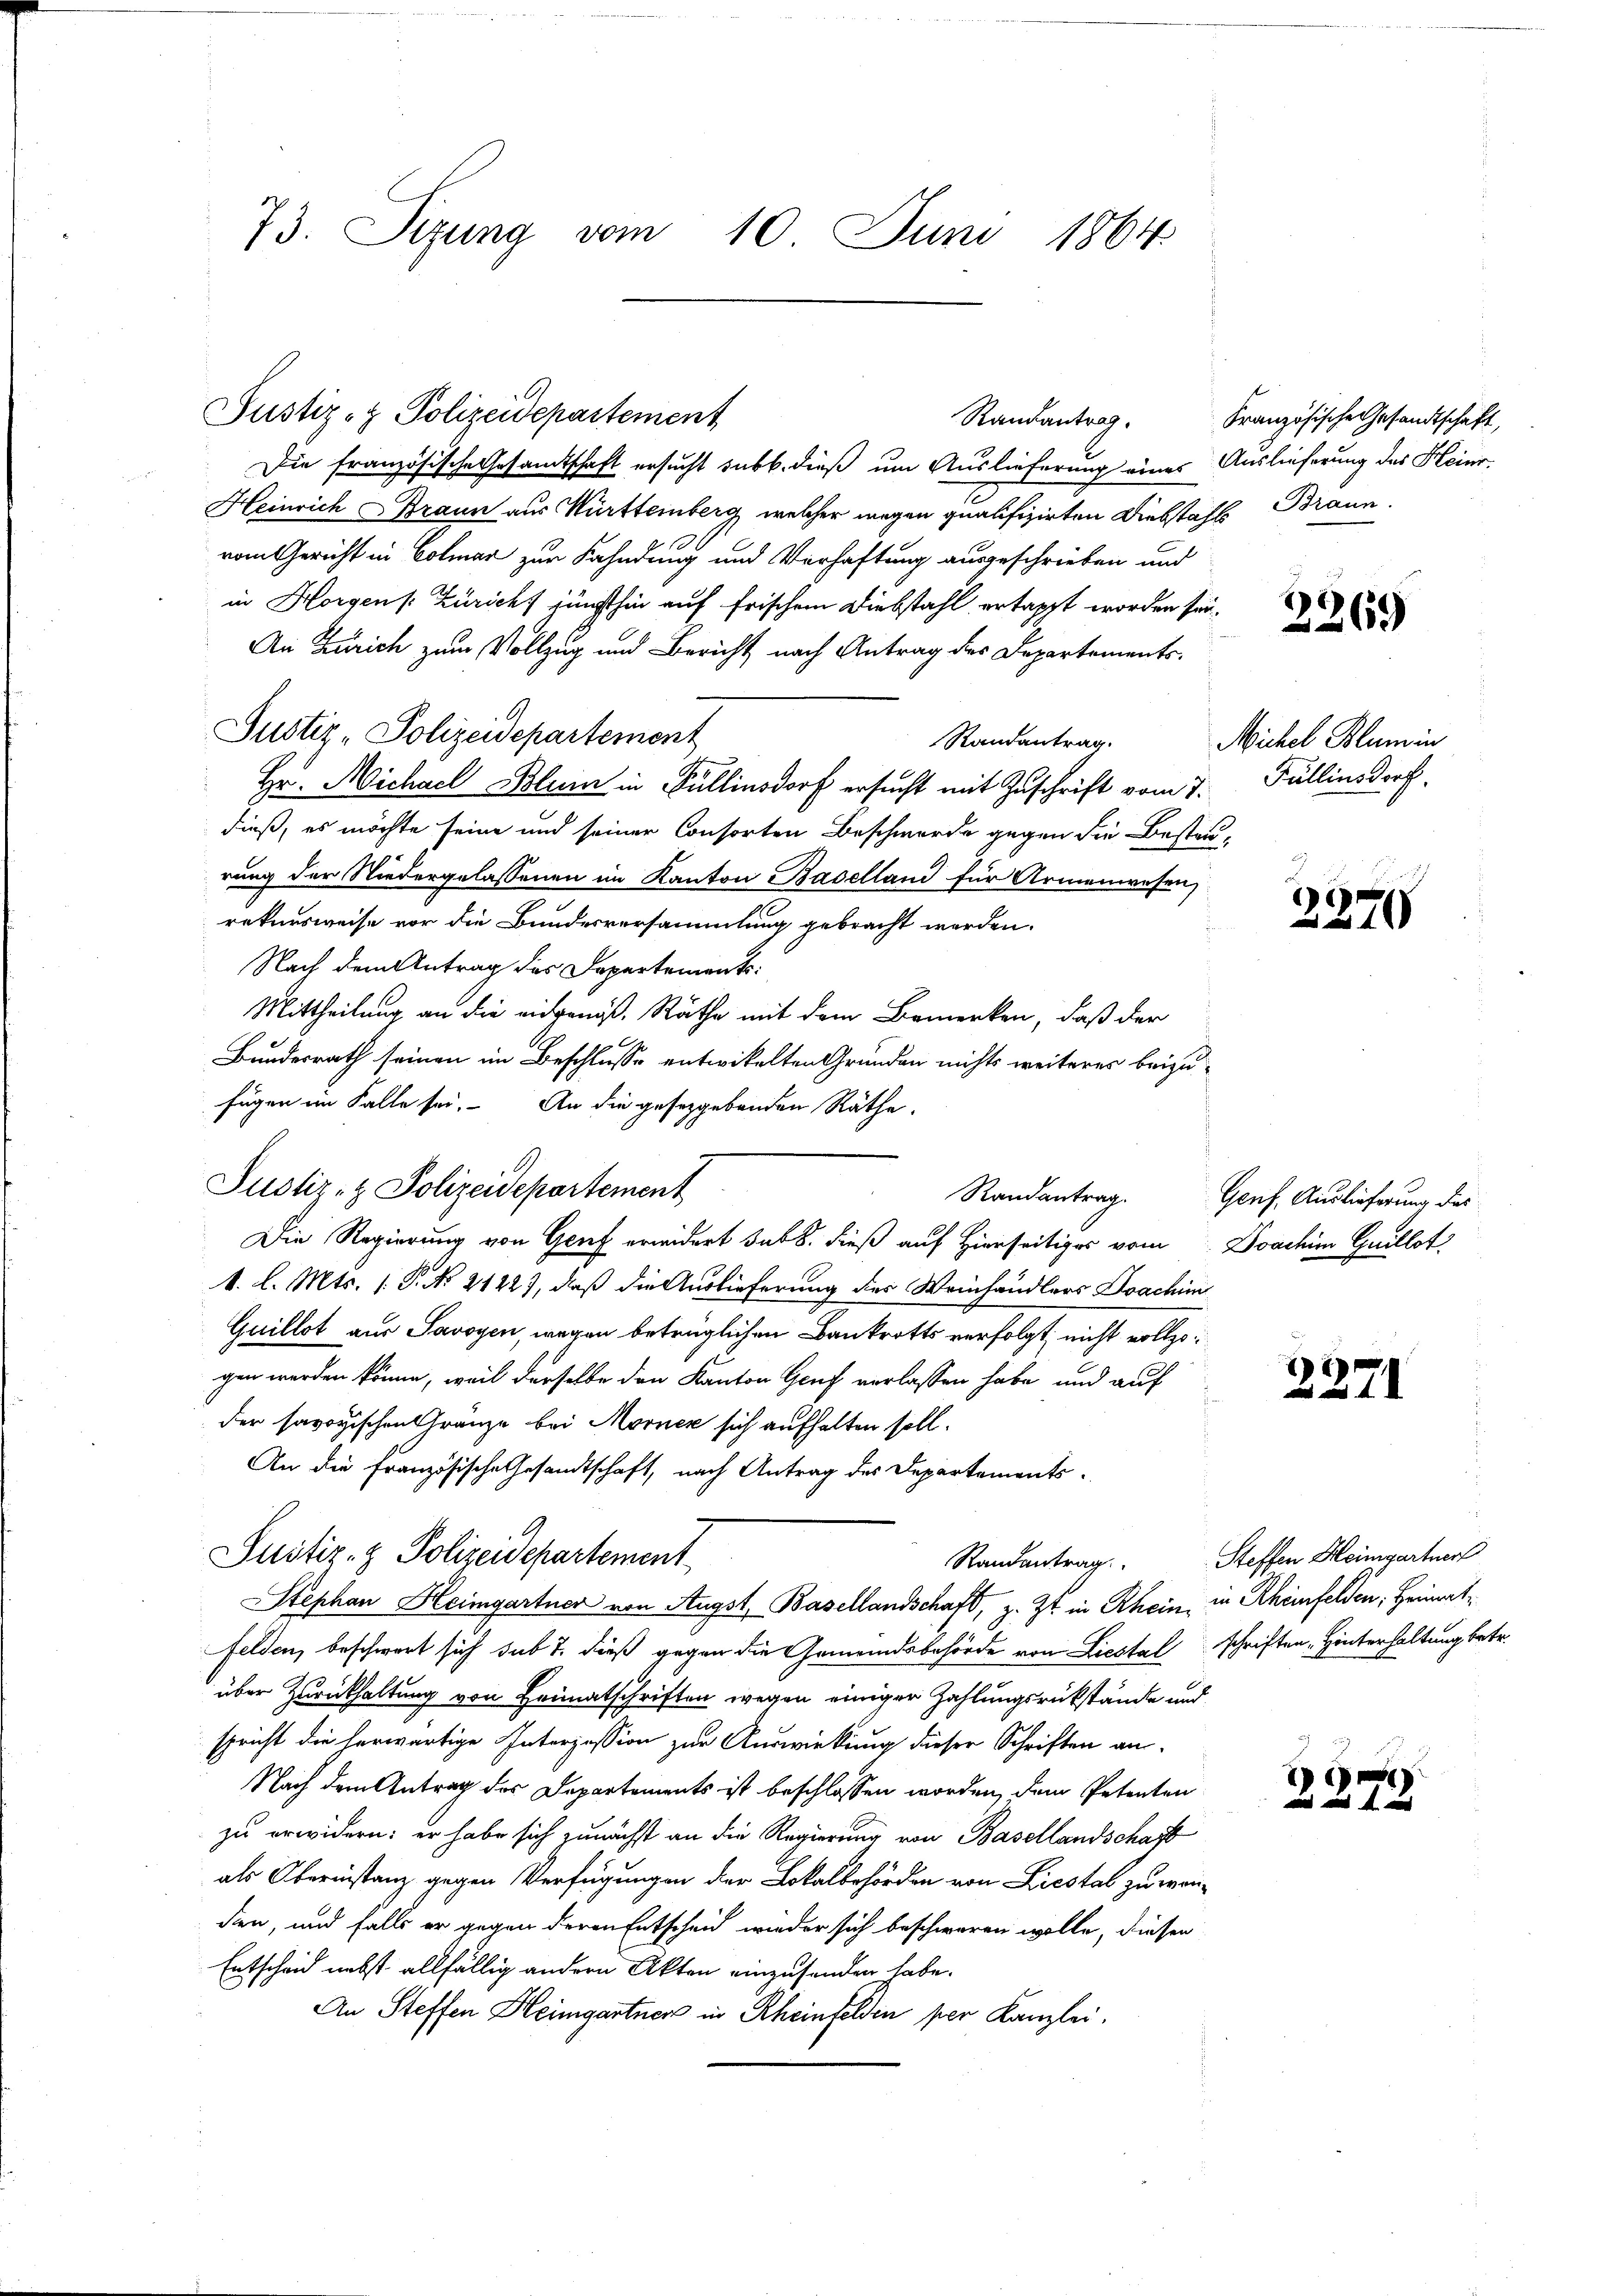
73. Seung vom 10. Juni 1864.

Justiz- & Polizeidepartement
Randantrag.
Die französische Gesamtschaft ersucht sub b. dieß um Auslieferung eines Auslieferung des Heinr
Heinrich Braun aus Württemberg, welcher wegen qualifizirten Diebstahl Braun
vom Gericht in Colmar zur Kahndung und Verhaftung ausgeschrieben und
in Horgen [Züricht günsthin auf frischem Diebstahl ertappt worden sei.
An Zürich zum Vollzug und Bericht nach Antrag des Departements-
Justiz-Polizeidepartement
Randantrag.
Hr. Michael Blum in Fullinsdorf ersucht mit Zuschrift vom 7.
dieß, es möchte seine und seiner Consorten Beschwerde gegen die Bestri
rung der Niedergelassenen im Kanton Baselland für Armenwesen,
rekursweise vor die Bundesversammlung gebracht werden.
Nach dem Antrag des Departements-
Mittheilung an die eidgenoß, Räthe mit dem Bemerken, daß der
Bundesrath seinen im Beschlusse entwickelten Gründen nichts weiteres beizufügen im Falle sei. An die gesetzgebenden Räthe,
Justiz- & Polizeidepartement
Die Regierung von Genf erwidert sub 8. dieß auf Hierseitiges vom Doachim Guillat
1. l. Mts. (: P. No 21227, daß die Auslieferung des Weinhändlers Joachim
Guillot aus Savoyen, wegen betrüglichen Bankrotts verfolgt, nicht vollzogen werden könne, weil derselbe den Kanton Gruf verlassen habe und auf
der savoyischen Gränze bei Morner sich aufhalten soll.
An die Französische Gesandtschaft, nach Antrag des Departements-
Justiz- & Polizeidepartement
Randantrag
Stephan Heimgartner von Augst, Basellandschaft, z. Zt. in Rhein, in Rheinfelden, Heimatfelden, beschwart sich sub 7. dieß gegen die Gemeindsbehörde von Liestal schriften Hinterhaltung betr.
über Zurückhaltung von Heimatschriften wegen einiger Zahlungsrükstände und
spricht die herwärtige Interzession zur Auswirkung dieser Schriften aus¬
Nach dem Antrag des Departements ist beschlossen worden, dem Petenten
zu erwidern: er habe sich zunächst an die Regierung von Basellandschaft
als Obernistanz gegen Verfügungen der Lokalbehörden von Liestal zu wenden, und falls er gegen deren Entscheid wieder sich beschweren wolle, diesen
Entscheid nebst allfällig andern Akten einzusenden habe.
An Steffen Heimgartner in Rheinfelden per Kanzlei.

Randantrag.

Französische Gesandtschaft,

3369

Michel Blumen
Fällinsdorf.

2371

Genf, Auslieferung des

2371

Steffen Heimgartner

)